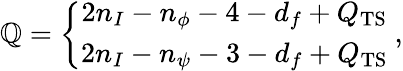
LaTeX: \mathbb{Q}=\left\{ \begin{array}{c}{{2n_{I}-n_{\phi}-4-d_{f}+Q_{\mathrm{TS}}}}\\ {{2n_{I}-n_{\psi}-3-d_{f}+Q_{\mathrm{TS}}}}\end{array}\right.\ ,